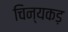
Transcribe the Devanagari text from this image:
चिन्यकड़